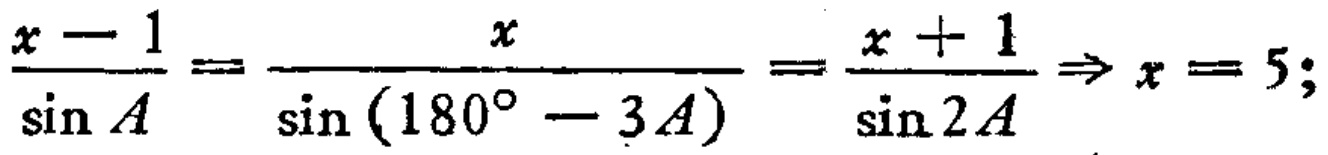
\(\frac{x - 1}{\sin A}=\frac{x}{\sin(180^{\circ}-3A)}=\frac{x + 1}{\sin 2A}\Rightarrow x = 5;\)